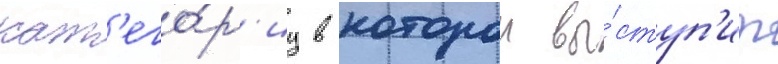
кат'его́р'иу в которои вы́ступ'ит